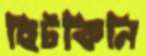
ছিটকিনি